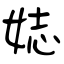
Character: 娡